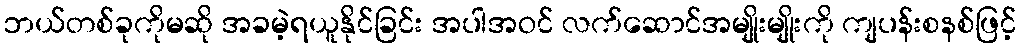
ဘယ်တစ်ခုကိုမဆို အခမဲ့ရယူနိုင်ခြင်း အပါအဝင် လက်ဆောင်အမျိုးမျိုးကို ကျပန်းစနစ်ဖြင့်